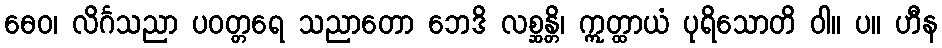
ဓေဝ၊ လိင်္ဂသညာ ပဝတ္တရေ သညာတော ဘေဒိ လစ္ဆန္တိ၊ ဣတ္ထာယံ ပုရိသောတိ ဝါ။ ပ။ ဟီန